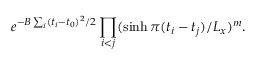
e ^ { - B \sum _ { i } ( t _ { i } - t _ { 0 } ) ^ { 2 } / 2 } \prod _ { i < j } ( \sinh \pi ( t _ { i } - t _ { j } ) / L _ { x } ) ^ { m } .